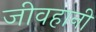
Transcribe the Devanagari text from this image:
जीवहानी